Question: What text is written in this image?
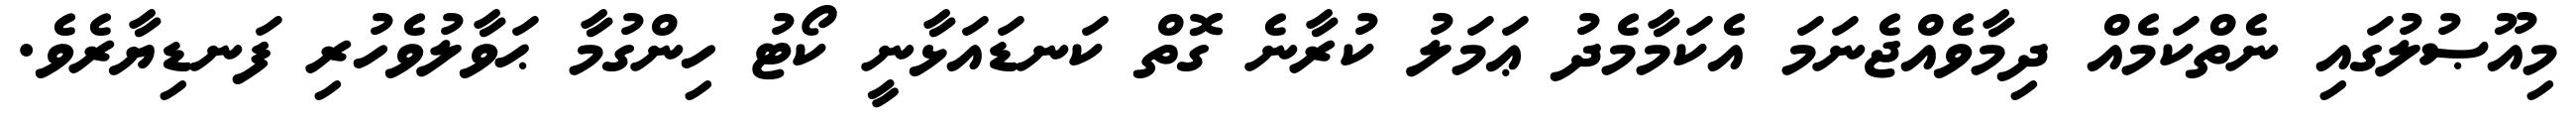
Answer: މިއޫޞުލުގައި ނެތްކަމެއް ދިމާވެއްޖެނަމަ އެކަމާމެދު ޢަމަލު ކުރާނެ ގޮތް ކަނޑައަޅާނީ ކޯޓު ހިންގުމާ ޙަވާލުވެހުރި ފަނޑިޔާރެވެ.